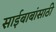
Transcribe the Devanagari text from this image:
साईबाबांसाठी